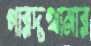
গারদখানার